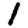
Digit: 1